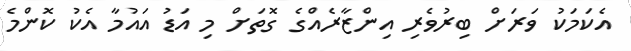
އެކަމަކު ވަރަށް ބިރުވެރި އިންޒާރެއްގެ ގޮތަށް މި އަޑު އައުމާ އެކު ކޮންމެ